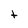
Character: t